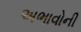
અભાવોની